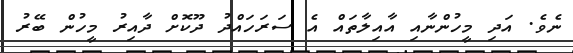
ނެވެ. އަދި މީހުންނާއި އާއިލާތައް އެ ސަރަހައްދު ދޫކޮށް ދާއިރު މީހުން ބޭރު